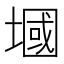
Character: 𪤑